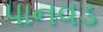
પાનવડ